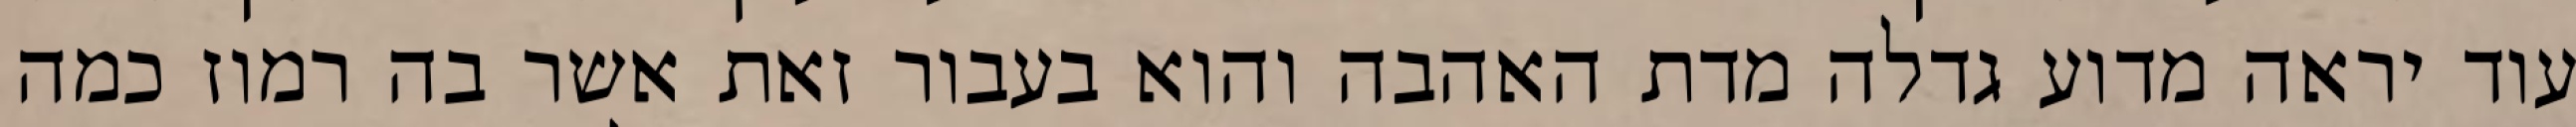
עוד יראה מדוע גדלה מדת האהבה והוא בעבור זאת אשר בה רמוז כמה